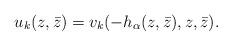
LaTeX: \begin{align*}u_k(z, \bar z)= v_k(-h_\alpha(z, \bar z), z, \bar z). \end{align*}